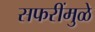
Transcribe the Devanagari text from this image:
सफरींमुळे